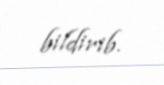
bildirib.